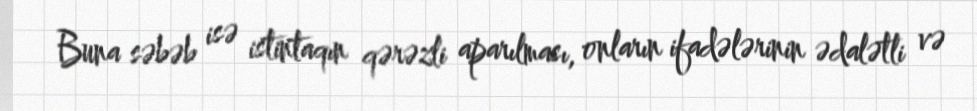
Buna səbəb isə istintaqın qərəzli aparılması, onların ifadələrinin ədalətli və